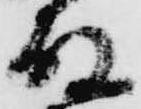
殿